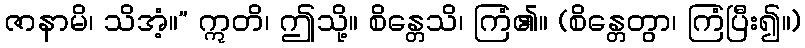
ဇာနာမိ၊ သိအံ့။” ဣတိ၊ ဤသို့။ စိန္တေသိ၊ ကြံ၏။ (စိန္တေတွာ၊ ကြံပြီး၍။)